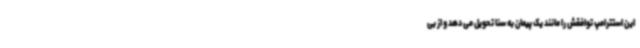
این استترامپ توافقش را مانند یک پیمان به سنا تحویل می دهد و از بی